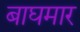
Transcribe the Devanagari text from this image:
बाघमार